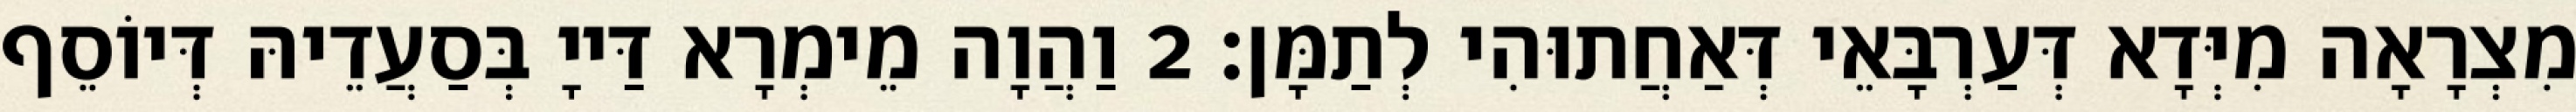
מִצְרָאָה מִיְּדָא דְּעַרְבָּאֵי דְּאַחֲתוּהִי לְתַמָּן׃ 2 וַהֲוָה מֵימְרָא דַּייָ בְּסַעֲדֵיהּ דְּיוֹסֵף